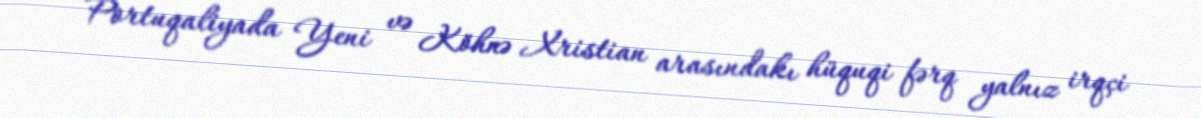
Portuqaliyada Yeni və Köhnə Xristian arasındakı hüquqi fərq yalnız irqçi